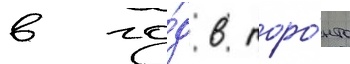
в го́д в торо́нто